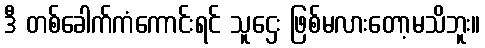
ဒီ တစ်ခေါက်ကံကောင်းရင် သူဌေး ဖြစ်မလားတော့မသိဘူး။